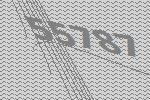
55787